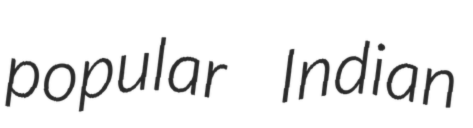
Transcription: popular Indian